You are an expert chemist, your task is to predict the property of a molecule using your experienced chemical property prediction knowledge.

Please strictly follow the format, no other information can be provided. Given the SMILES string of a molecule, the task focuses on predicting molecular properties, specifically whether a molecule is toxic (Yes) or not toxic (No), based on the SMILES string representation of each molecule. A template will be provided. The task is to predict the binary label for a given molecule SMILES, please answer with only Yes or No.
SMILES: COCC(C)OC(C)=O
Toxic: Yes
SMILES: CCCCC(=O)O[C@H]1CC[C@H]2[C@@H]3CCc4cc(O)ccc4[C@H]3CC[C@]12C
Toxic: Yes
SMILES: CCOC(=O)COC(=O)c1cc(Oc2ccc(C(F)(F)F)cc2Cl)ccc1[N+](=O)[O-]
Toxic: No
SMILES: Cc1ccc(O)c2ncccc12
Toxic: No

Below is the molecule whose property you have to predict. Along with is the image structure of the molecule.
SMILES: CCCCNc1ccc(C(=O)OCCN(C)C)cc1
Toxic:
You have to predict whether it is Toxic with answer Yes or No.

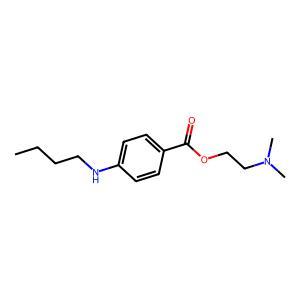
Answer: No